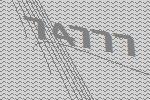
74777